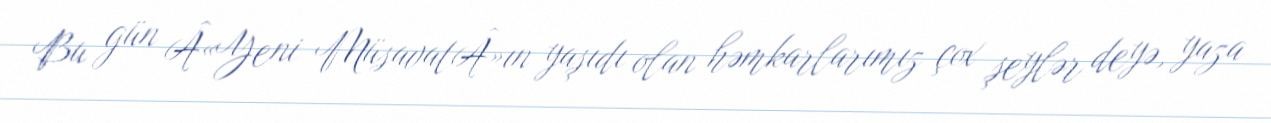
Bu gün Â«Yeni MüsavatÂ»ın yaşıdı olan həmkarlarımız çox şeylər deyə, yaza